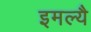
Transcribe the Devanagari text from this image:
इमल्यै